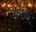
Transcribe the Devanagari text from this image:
कोईर्